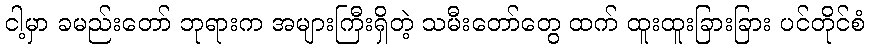
ငါ့မှာ ခမည်းတော် ဘုရားက အများကြီးရှိတဲ့ သမီးတော်တွေ ထက် ထူးထူးခြားခြား ပင်တိုင်စံ